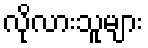
လိုလားသူများ